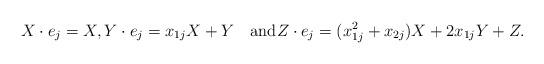
LaTeX: \begin{align*}X\cdot e_j = X, Y\cdot e_j = x_{1j}X+Y\quad\mbox{and} Z\cdot e_j = (x_{1j}^2+x_{2j})X+2x_{1j}Y+Z.\end{align*}